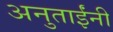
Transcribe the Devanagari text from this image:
अनुताईंनी